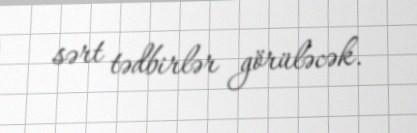
sərt tədbirlər görüləcək.